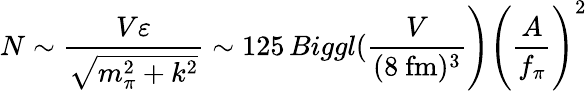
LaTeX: N\sim\frac{V\varepsilon}{\sqrt{m_{\pi}^{2}+k^{2}}}\sim 125\, Biggl(\frac{V}{(8~\mathrm{fm})^{3}}\Biggr)\Biggl(\frac{A}{f_{\pi}}\Biggr)^{2}